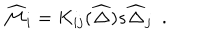
\widehat { \cal M } _ { i } = K _ { i j } ( \widehat { \Delta } ) s \widehat { \Delta } _ { j } \ \ .